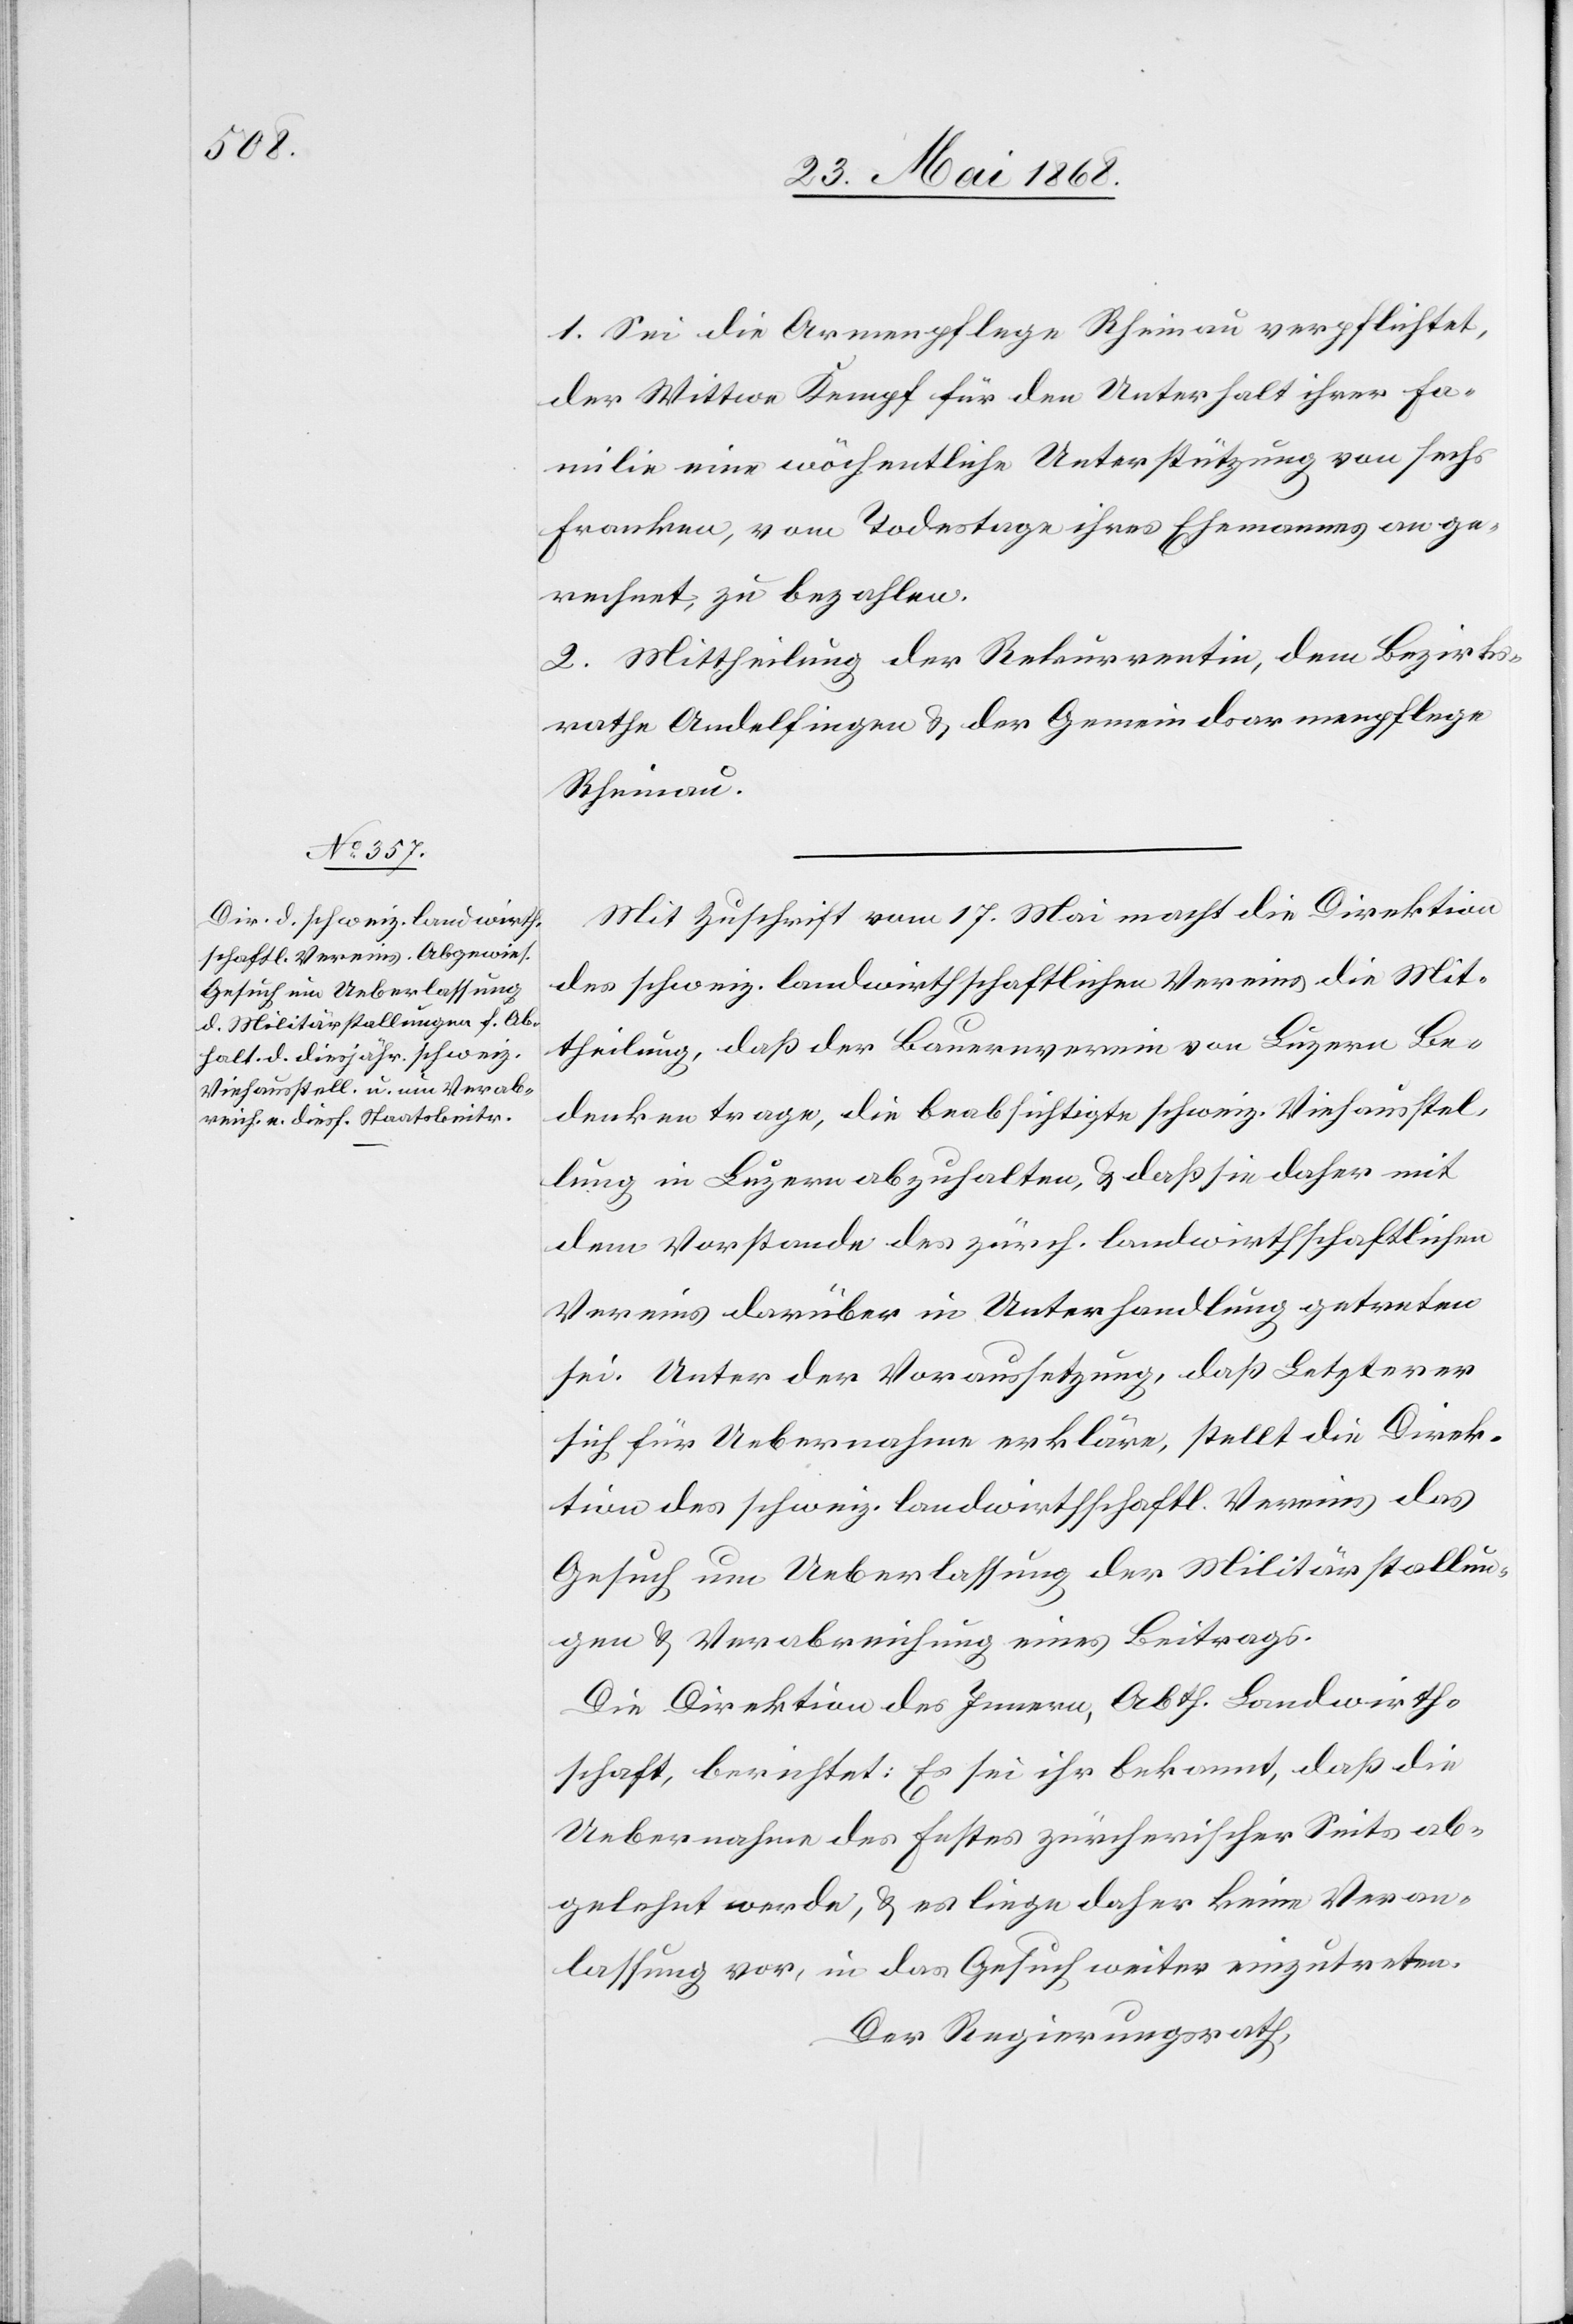
1. Sei die Armenpflege Rheinau verpflichtet,
der Wittwe Kempf für den Unterhalt ihrer Fa¬
milie eine wöchentliche Unterstützung von sechs
Franken, vom Todestage ihres Ehemannes an ge¬
rechnet, zu bezahlen.
2. Mittheilung der Rekurrentin, dem Bezirks¬
rathe Andelfingen & der Gemeindsarmenpflege
Rheinau.
Mit Zuschrift vom 17. Mai macht die Direktion
des schweiz. landwirthschaftlichen Vereins die Mit¬
theilung, daß der Bauernverein von Luzern Be¬
denken trage, die beabsichtigte schweiz. Viehausstel¬
lung in Luzern abzuhalten, & daß sie daher mit
dem Vorstande des zürch. landwirthschaftlichen
Vereins darüber in Unterhandlung getreten
sei. Unter der Voraussetzung, daß Letzterer
sich für Uebernahme erkläre, stellt die Direk¬
tion des schweiz. landwirthschaftl. Vereins das
Gesuch um Ueberlassung der Militärstallun¬
gen & Verabreichung eines Beitrags.
Die Direktion des Innern, Abth. Landwirth¬
schaft, berichtet: Es sei ihr bekannt, daß die
Uebernahme des Festes zürcherischer Seits ab¬
gelehnt werde, & es liege daher keine Veran¬
lassung vor, in das Gesuch weiter einzutreten.
Der Regierungsrath,